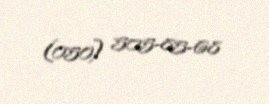
(050) 505-85-68